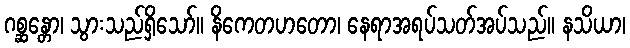
ဂစ္ဆန္တော၊ သွားသည်ရှိသော်။ နိကေတဟတော၊ နေရာအရပ်သတ်အပ်သည်။ နသိယာ၊